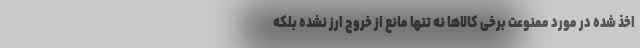
اخذ شده در مورد ممنوعت برخی کالاها نه تنها مانع از خروج ارز نشده بلکه